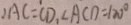
A C = C D , \angle A C D = 1 2 0 ^ { \circ }